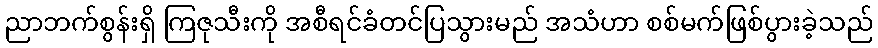
ညာဘက်စွန်းရှိ ကြဇုသီးကို အစီရင်ခံတင်ပြသွားမည် အသံဟာ စစ်မက်ဖြစ်ပွားခဲ့သည်